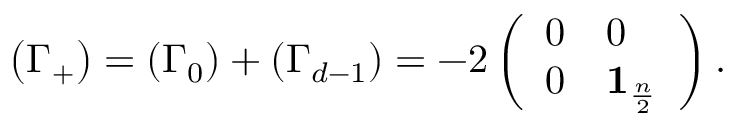
\left( \Gamma _ { + } \right) = \left( \Gamma _ { 0 } \right) + \left( \Gamma _ { d - 1 } \right) = - 2 \left( \begin{array} { l l } { { 0 } } & { { 0 } } \\ { { 0 } } & { { \mathbf { 1 } _ { \frac { n } { 2 } } } } \end{array} \right) .